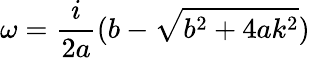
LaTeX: \omega=\frac{i}{2a}(b-\sqrt{b^{2}+4ak^{2}})